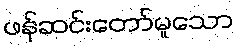
ဖန်ဆင်းတော်မူသော